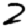
Digit: 2